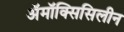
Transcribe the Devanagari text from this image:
अॅमॉक्सिसिलीन